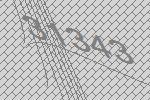
31343